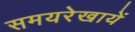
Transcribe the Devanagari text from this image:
समयरेखायें